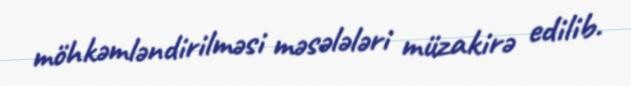
möhkəmləndirilməsi məsələləri müzakirə edilib.